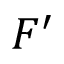
F ^ { \prime }